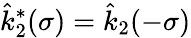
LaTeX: \hat{k}_{2}^{*}(\sigma)=\hat{k}_{2}(-\sigma)